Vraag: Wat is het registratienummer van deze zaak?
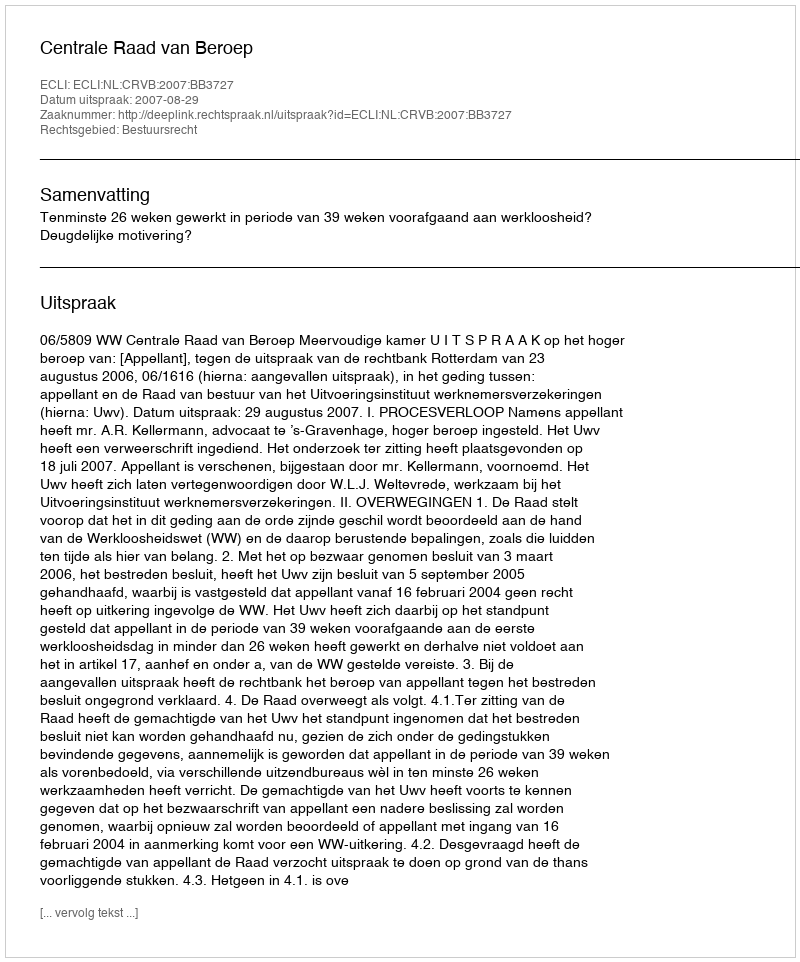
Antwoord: http://deeplink.rechtspraak.nl/uitspraak?id=ECLI:NL:CRVB:2007:BB3727